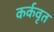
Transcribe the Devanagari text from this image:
कर्कवृत